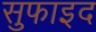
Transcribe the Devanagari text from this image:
सुफाइद